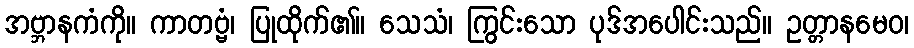
အဗ္ဘာနကံကို။ ကာတဗ္ဗံ၊ ပြုထိုက်၏။ သေသံ၊ ကြွင်းသော ပုဒ်အပေါင်းသည်။ ဥတ္တာနမေဝ၊